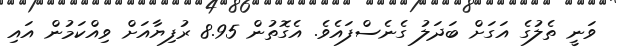
ވަނީ ތެލުގެ އަގަށް ބަދަލު ގެނެސްފައެވެ. އެގޮތުން 8.95 ރުފިޔާއަށް ވިއްކަމުން އައި